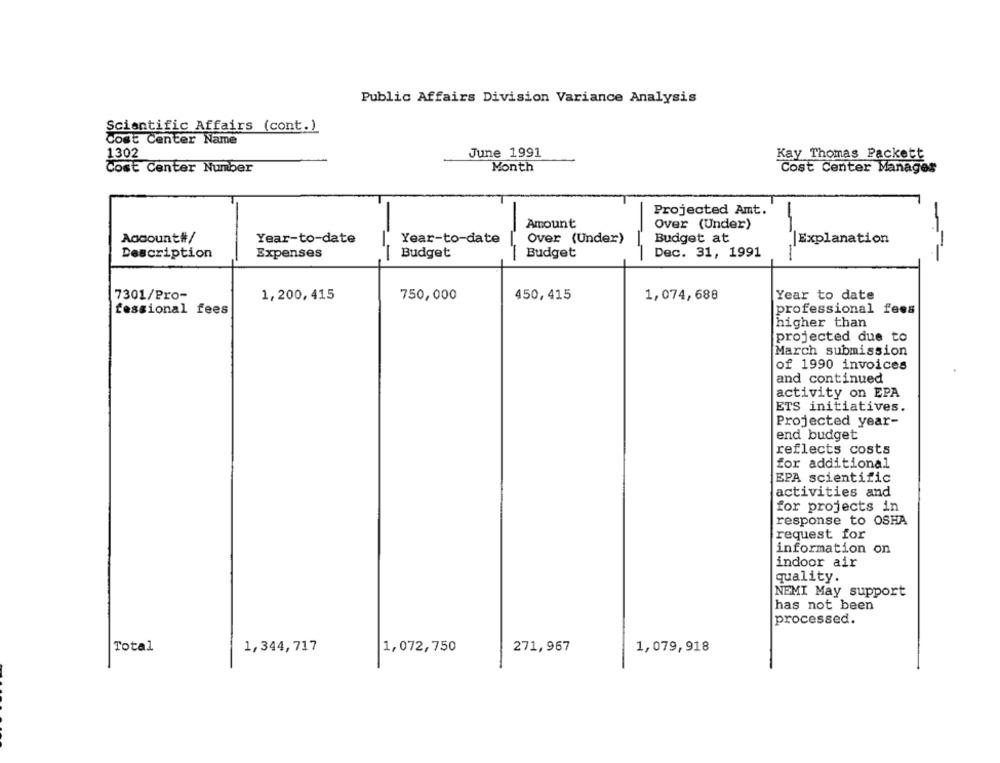
Public Affairs Division Variance Analysis
Scientific Affairs (cont.)
Cost Center Name
June 1991
1302
Kay Thomas Packett
Cost Center Number
Month
Cost Center Manages
Projected Amt."
Amount
Over (Under)
Account#/
Year-to-date
Year-to-date
Over (Under)
Budget at
|Explanation
Budget
Dec. 31, 1991
Description
Expenses
Budget
7301/Pro-
1,200,415
750,000
450,415
1,074,688
Year to date
fessional fees
professional fees
higher than
projected due to
March submission
of 1990 invoices
and continued
activity on EPA
ETS initiatives.
Projected year-
end budget
reflects costs
for additional
EPA scientific
activities and
for projects in
response to OSHA
request for
information on
indoor air
quality.
NEMI May support
has not been
processed.
Total
1,344,717
1,072,750
271,967
1,079,918